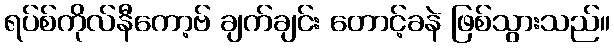
ရပ်စ်ကိုလ်နီကော့ဗ် ချက်ချင်း တောင့်ခနဲ ဖြစ်သွားသည်။